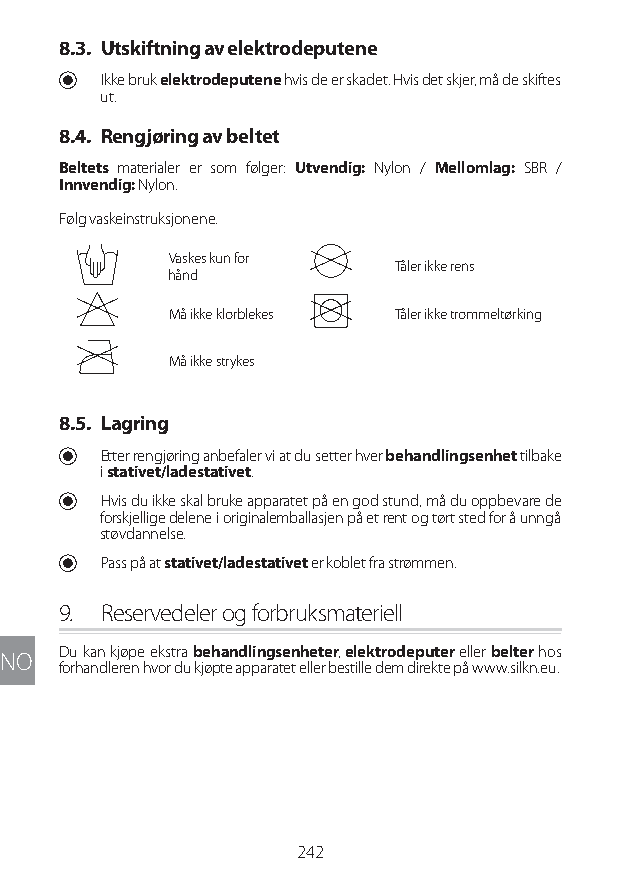
8.3. Utskiftning av elektrodeputene
 U Ikke bruk elektrodeputene hvis de er skadet. Hvis det skjer, må de skiftes
 ut.
 8.4. Rengjøring av beltet
 Beltets materialer er som følger: Utvendig: Nylon / Mellomlag: SBR /
 Innvendig: Nylon.
 Følg vaskeinstruksjonene.
 Vaskes kun for
 Tåler ikke rens
 hånd
 Må ikke klorblekes Tåler ikke trommeltørking
 Må ikke strykes
 8.5. Lagring
 U Etter rengjøring anbefaler vi at du setter hver behandlingsenhet tilbake
 i stativet/ladestativet.
 U Hvis du ikke skal bruke apparatet på en god stund, må du oppbevare de
 forskjellige delene i originalemballasjen på et rent og tørt sted for å unngå
 støvdannelse.
 U Pass på at stativet/ladestativet er koblet fra strømmen.
 9. Reservedeler og forbruksmateriell
 Du kan kjøpe ekstra behandlingsenheter, elektrodeputer eller belter hos
 NO
 forhandleren hvor du kjøpte apparatet eller bestille dem direkte på www.silkn.eu.
 242
 Lipo UM EU124 3545B inside ALL EU124 ED296-24 release.indd 242 14/08/2018 10:57:47